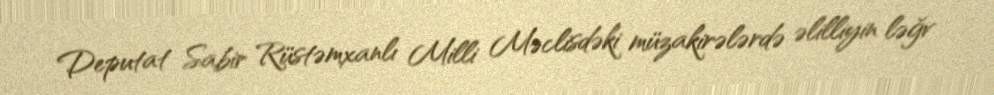
Deputat Sabir Rüstəmxanlı Milli Məclisdəki müzakirələrdə əlilliyin ləğv